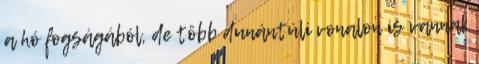
a hó fogságából, de több dunántúli vonalon is vannak